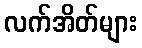
လက်အိတ်များ